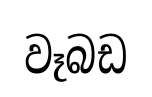
වෑබඩ